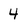
Character: 4